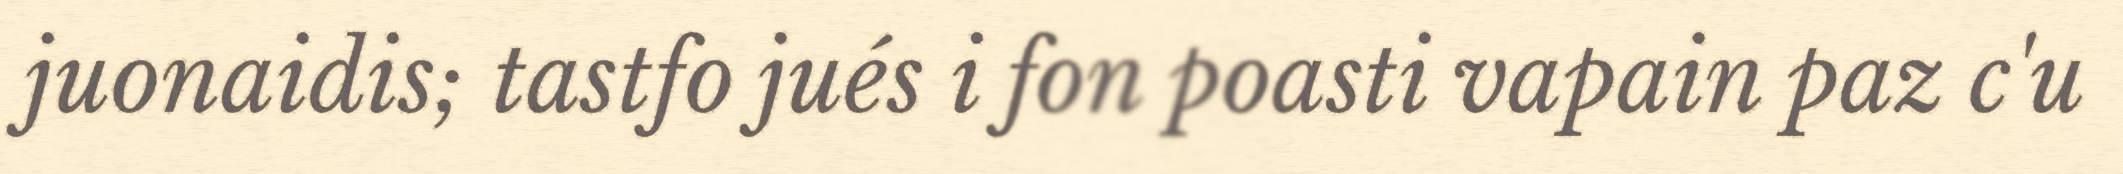
juonaidis; tastfo jués i fon poasti vapain paz c'u